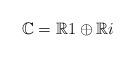
LaTeX: \begin{align*}\mathbb{C} = \mathbb{R} 1 \oplus \mathbb{R} i\end{align*}